Tezpur Lunatic Asylum reports 1877-1894 - 1877-1894
Year: 1877
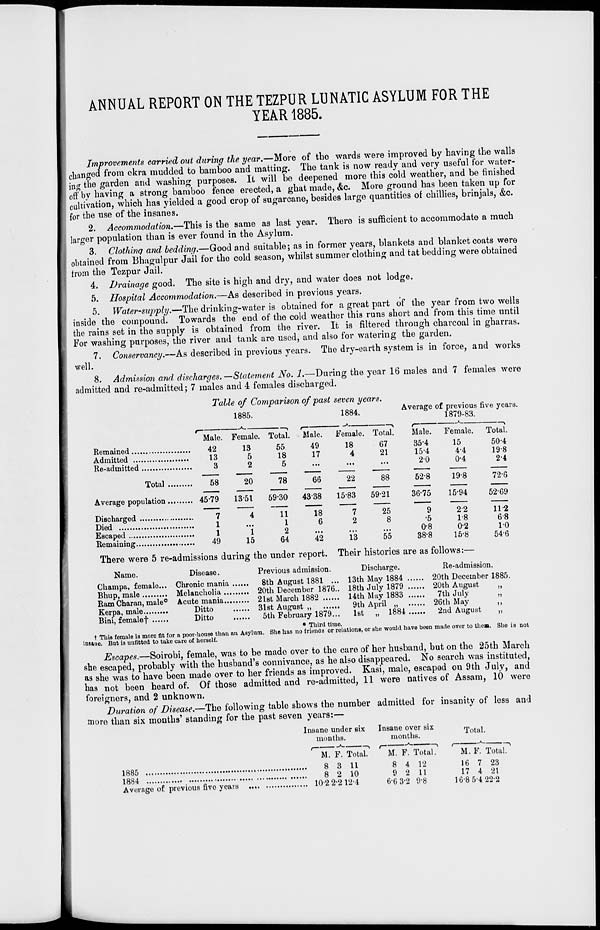
ANNUAL REPORT ON THE TEZPUR LUNATIC ASYLUM FOR THE
YEAR 1885.
Improvements carried out during the year.—More of the wards were improved by having the walls
changed from ckra mudded to bamboo and matting. The tank is now ready and very useful for water-
ing the garden and washing purposes. It will be deepened more this cold weather, and be finished
off by having a strong bamboo fence erected, a ghat made, &c. More ground has been taken up for
cultivation, which has yielded a good crop of sugarcane, besides large quantities of chillies, brinjals, &c.
for the use of the insanes.
2. Accommodation.—This is the same as last year. There is sufficient to accommodate a much
larger population than is ever found in the Asylum.
3. Clothing and bedding.—Good and suitable; as in former years, blankets and blanket coats were
obtained from Bhagulpur Jail for the cold season, whilst summer clothing and tat bedding were obtained
from the Tezpur Jail.
4. Drainage good. The site is high and dry, and water does not lodge.
5. Hospital Accommodation.—As described in previous years.
5. Water-supply.—The drinking-water is obtained for a great part of the year from two wells
inside the compound. Towards the end of the cold weather this runs short and from this time until
the rains set in the supply is obtained from the river. It is filtered through charcoal in gharras.
For washing purposes, the river and tank are used, and also for watering the garden.
7. Conservancy.—As described in previous years. The dry-earth system is in force, and works
well.
8. Admission and discharges. —Statement No. 1.—During the year 16 males and 7 females were
admitted and re-admitted; 7 males and 4 females discharged.
Table of Comparison of past seven years.
1885.
1884.
Average of previous
1879-83.
five years.
Re-admitted
r"
Male.
13
3
Female.
13
5
2
Total.
55
18
5
Male.
49
17
Female.
18
4
Total.
67
21
Male.
354
15-4
20
Female.
15
4-4
0-4
Total.
50-4
19-8
24
Total
58
20
78
66
22
88
Average population
45-79
1351
59-30
4338
1583
5921
52-8
36-75
19-8
15-94
72-6
52-69
7
4
11
18
7
25
9
22
11-2
1
1
6
2
8
•5
1-8
68
1
1
2
•••
0-8
0-2
10
49
15
64
42
13
55
38>8
15-8
54-6
Discharged
Died
,
Escaped ....
Remaining.
There were 5 re-admissions during the under report. Their histories are as follows:—
Name.
Disease.
Previous admission.
Discharge.
Re-admission.
Champa, female... Chronic mania
8th August 1881 ... 13th May 1884
20th December 1885.
She is not
Bhup,"male
Melancholia
20th December 1876.. 18th July 1879
20th August
Ram Charan, male 0 Acute mania
21st March 1882
14th May 1883
7th July
Kerpa, male
Ditto
31st August „
9th April „
26th May
Bini, femalef
Ditto
5th February 1879... 1st „ 1884
2nd August
• Third time.
t This female is more fit for a poor-house thuu an Asylum. She has no frienaa or relations, or she would have been made over to then
insane. But is unfitted to take care of herself.
Escapes.—Soirobi, female, was to be made over to the care of her husband, but on the 25th March
she escaped, probably with the husband's connivance, as he also disappeared. No search was instituted,
as she was to have beon made over to her friends as improved. Kasi, male, escaped on 9th July, and
has not been heard of. Of those admitted and re-admitted, 11 were natives of Assam, 10 were
foreigners, and 2 unknown.
Duration of Disease.—The following table shows the number admitted for insanity of less and
more than six months' standing for the past seven years:—
Insane under six
months.
Insane over six
months.
Total.
M. F. Total.
1885
8 3 11
1884
8 2 10
Average of previous five years
10-22-212-4
M. F. Total.
8 4 12
9 2 11
6-6 3-2 9-8
M. F. Total.
16 7 23
17 4 21
16-8 5-4 22-2